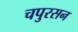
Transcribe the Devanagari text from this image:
चपुरसन